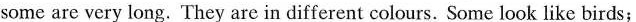
some are very long. They are in different colours. Some look like birds;